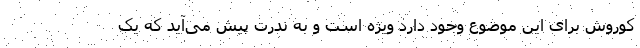
کوروش برای این موضوع وجود دارد ویژه است و به ندرت پیش می‌آید که یک